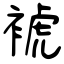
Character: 裭